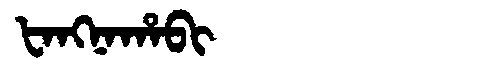
Manchu: ᡶᠠᠩᠨᠠᡥᠠᠪᡳ
Romanization: FANGNAHABI